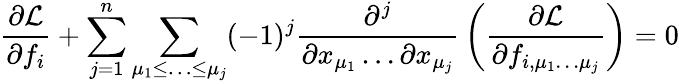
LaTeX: {\frac{\partial{\mathcal{L}}}{\partial f_{i}}}+\sum_{j=1}^{n}\sum_{\mu_{1}\leq\ldots\leq\mu_{j}}(-1)^{j}{\frac{\partial^{j}}{\partial x_{\mu_{1}}\dots\partial x_{\mu_{j}}}}\left({\frac{\partial{\mathcal{L}}}{\partial f_{i,\mu_{1}\dots\mu_{j}}}}\right)=0